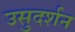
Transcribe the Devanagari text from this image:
उसुदर्शन